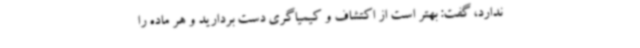
ندارد، گفت: بهتر است از اکتشاف و کیمیاگری دست بردارید و هر ماده را